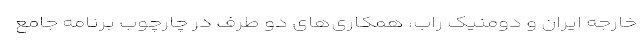
خارجه ایران و دومنیک راب، همکاری‌های دو طرف در چارچوب برنامه جامع